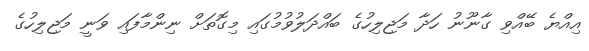
އިއްޔެ ބޭއްވި ގާނޫނު ހަދާ މަޖިލިހުގެ ބައްދަލުވުމުގައި މިގޮތަށް ނިންމާފައި ވަނީ މަޖިލިހުގެ